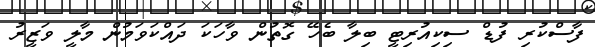
ފާސްކުރި ފުޑް ސިކިއުރިޓީ ބިލާ ބެހޭ ގޮތުން ވާހަކަ ދައްކަވަމުން މާލީ ވަޒީރު